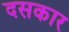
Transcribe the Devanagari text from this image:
दसकार